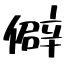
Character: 僻